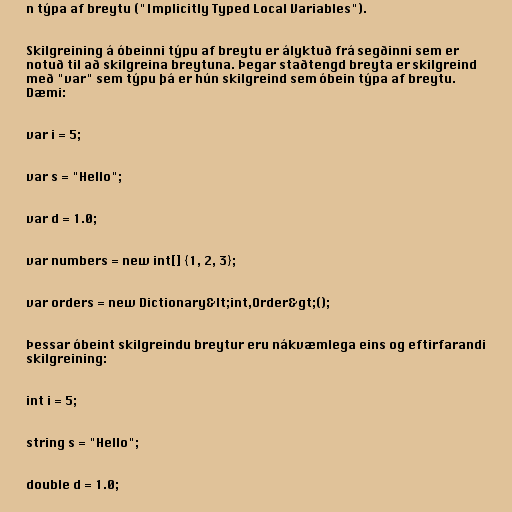
n týpa af breytu ("Implicitly Typed Local Variables").

Skilgreining á óbeinni týpu af breytu er ályktuð frá segðinni sem er
notuð til að skilgreina breytuna. Þegar staðtengd breyta er skilgreind
með "var" sem týpu þá er hún skilgreind sem óbein týpa af breytu.
Dæmi:

var i = 5;

var s = "Hello";

var d = 1.0;

var numbers = new int[] {1, 2, 3};

var orders = new Dictionary&lt;int,Order&gt;();

Þessar óbeint skilgreindu breytur eru nákvæmlega eins og eftirfarandi
skilgreining:

int i = 5;

string s = "Hello";

double d = 1.0;